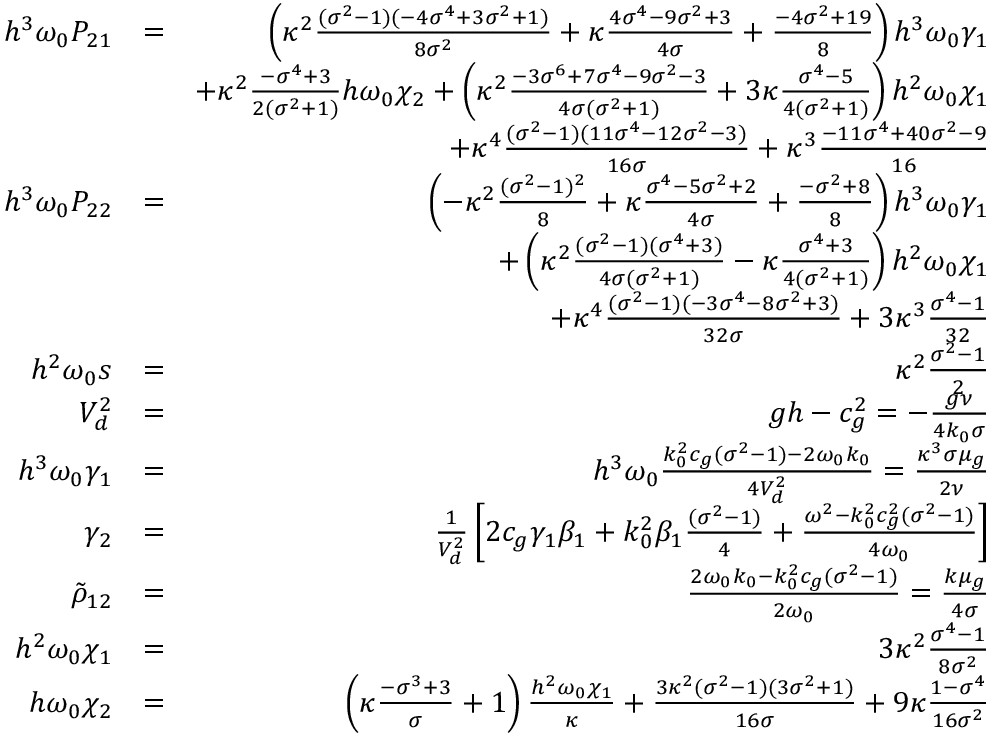
\begin{array} { r l r } { h ^ { 3 } \omega _ { 0 } P _ { 2 1 } } & { = } & { \left( \kappa ^ { 2 } \frac { ( \sigma ^ { 2 } - 1 ) ( - 4 \sigma ^ { 4 } + 3 \sigma ^ { 2 } + 1 ) } { 8 \sigma ^ { 2 } } + \kappa \frac { 4 \sigma ^ { 4 } - 9 \sigma ^ { 2 } + 3 } { 4 \sigma } + \frac { - 4 \sigma ^ { 2 } + 1 9 } { 8 } \right) h ^ { 3 } \omega _ { 0 } \gamma _ { 1 } } \\ & { } & { + \kappa ^ { 2 } \frac { - \sigma ^ { 4 } + 3 } { 2 ( \sigma ^ { 2 } + 1 ) } h \omega _ { 0 } \chi _ { 2 } + \left( \kappa ^ { 2 } \frac { - 3 \sigma ^ { 6 } + 7 \sigma ^ { 4 } - 9 \sigma ^ { 2 } - 3 } { 4 \sigma ( \sigma ^ { 2 } + 1 ) } + 3 \kappa \frac { \sigma ^ { 4 } - 5 } { 4 ( \sigma ^ { 2 } + 1 ) } \right) h ^ { 2 } \omega _ { 0 } \chi _ { 1 } } \\ & { } & { + \kappa ^ { 4 } \frac { ( \sigma ^ { 2 } - 1 ) ( 1 1 \sigma ^ { 4 } - 1 2 \sigma ^ { 2 } - 3 ) } { 1 6 \sigma } + \kappa ^ { 3 } \frac { - 1 1 \sigma ^ { 4 } + 4 0 \sigma ^ { 2 } - 9 } { 1 6 } } \\ { h ^ { 3 } \omega _ { 0 } P _ { 2 2 } } & { = } & { \left( - \kappa ^ { 2 } \frac { ( \sigma ^ { 2 } - 1 ) ^ { 2 } } { 8 } + \kappa \frac { \sigma ^ { 4 } - 5 \sigma ^ { 2 } + 2 } { 4 \sigma } + \frac { - \sigma ^ { 2 } + 8 } { 8 } \right) h ^ { 3 } \omega _ { 0 } \gamma _ { 1 } } \\ & { } & { + \left( \kappa ^ { 2 } \frac { ( \sigma ^ { 2 } - 1 ) ( \sigma ^ { 4 } + 3 ) } { 4 \sigma ( \sigma ^ { 2 } + 1 ) } - \kappa \frac { \sigma ^ { 4 } + 3 } { 4 ( \sigma ^ { 2 } + 1 ) } \right) h ^ { 2 } \omega _ { 0 } \chi _ { 1 } } \\ & { } & { + \kappa ^ { 4 } \frac { ( \sigma ^ { 2 } - 1 ) ( - 3 \sigma ^ { 4 } - 8 \sigma ^ { 2 } + 3 ) } { 3 2 \sigma } + 3 \kappa ^ { 3 } \frac { \sigma ^ { 4 } - 1 } { 3 2 } } \\ { h ^ { 2 } \omega _ { 0 } s } & { = } & { \kappa ^ { 2 } \frac { \sigma ^ { 2 } - 1 } { 2 } } \\ { V _ { d } ^ { 2 } } & { = } & { g h - c _ { g } ^ { 2 } = - \frac { g \nu } { 4 k _ { 0 } \sigma } } \\ { h ^ { 3 } \omega _ { 0 } \gamma _ { 1 } } & { = } & { h ^ { 3 } \omega _ { 0 } \frac { k _ { 0 } ^ { 2 } c _ { g } ( \sigma ^ { 2 } - 1 ) - 2 \omega _ { 0 } k _ { 0 } } { 4 V _ { d } ^ { 2 } } = \frac { \kappa ^ { 3 } \sigma \mu _ { g } } { 2 \nu } } \\ { \gamma _ { 2 } } & { = } & { \frac { 1 } { V _ { d } ^ { 2 } } \left[ 2 c _ { g } \gamma _ { 1 } \beta _ { 1 } + k _ { 0 } ^ { 2 } \beta _ { 1 } \frac { ( \sigma ^ { 2 } - 1 ) } { 4 } + \frac { \omega ^ { 2 } - k _ { 0 } ^ { 2 } c _ { g } ^ { 2 } ( \sigma ^ { 2 } - 1 ) } { 4 \omega _ { 0 } } \right] } \\ { \tilde { \rho } _ { 1 2 } } & { = } & { \frac { 2 \omega _ { 0 } k _ { 0 } - k _ { 0 } ^ { 2 } c _ { g } ( \sigma ^ { 2 } - 1 ) } { 2 \omega _ { 0 } } = \frac { k \mu _ { g } } { 4 \sigma } } \\ { h ^ { 2 } \omega _ { 0 } \chi _ { 1 } } & { = } & { 3 \kappa ^ { 2 } \frac { \sigma ^ { 4 } - 1 } { 8 \sigma ^ { 2 } } } \\ { h \omega _ { 0 } \chi _ { 2 } } & { = } & { \left( \kappa \frac { - \sigma ^ { 3 } + 3 } { \sigma } + 1 \right) \frac { h ^ { 2 } \omega _ { 0 } \chi _ { 1 } } { \kappa } + \frac { 3 \kappa ^ { 2 } ( \sigma ^ { 2 } - 1 ) ( 3 \sigma ^ { 2 } + 1 ) } { 1 6 \sigma } + 9 \kappa \frac { 1 - \sigma ^ { 4 } } { 1 6 \sigma ^ { 2 } } } \end{array}